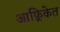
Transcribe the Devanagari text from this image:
आफ़्रिकेत